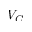
V _ { C }